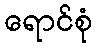
ရောင်စုံ